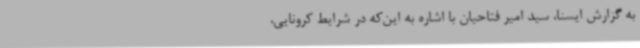
به گزارش ایسنا، سید امیر فتاحیان با اشاره به این‌که در شرایط کرونایی،